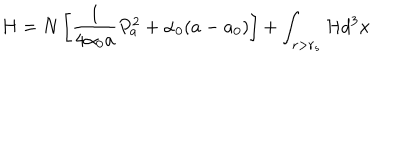
LaTeX: H = N \left[ \frac { 1 } { 4 \alpha _ { 0 } a } P _ { a } ^ { 2 } + \alpha _ { 0 } ( a - a _ { 0 } ) \right] + \int _ { r > r _ { s } } { \cal H } d ^ { 3 } x